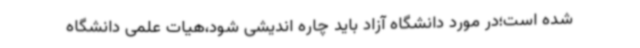
شده است؛در مورد دانشگاه آزاد باید چاره اندیشی شود،هیات علمی دانشگاه